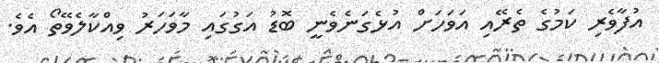
އުފާވެރި ކަމުގެ ތެރޭއި އަވަހަށް އުޅެގަނެވެނީ ބޮޑު އަގުގައި މާވަހަރު ވިއްކާލެވޭތޯ އެވެ.